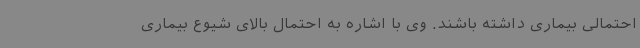
احتمالی بیماری داشته باشند. وی با اشاره به احتمال بالای شیوع بیماری